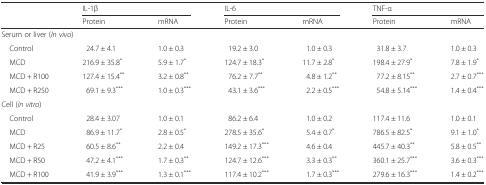
|  | <COLSPAN=2> IL-1β | <COLSPAN=2> IL-6 | <COLSPAN=2> TNF-α |
 |  | Protein | mRNA | Protein | mRNA | Protein | mRNA |
 | --- | --- | --- | --- | --- | --- | --- |
 | <COLSPAN=7> Serum or liver (In vivo) |
 | Control | 24.7 ± 4.1 | 1.0 ± 0.3 | 19.2 ± 3.0 | 1.0 ± 0.3 | 31.8 ± 3.7 | 1.0 ± 0.3 |
 | MCD | 216.9 ± 35.8* | 5.9 ± 1.7* | 124.7 ± 18.3* | 11.7 ± 2.8* | 198.4 ± 27.9* | 7.8 ± 1.9* |
 | MCD + R100 | 127.4 ± 15.4** | 3.2 ± 0.8** | 76.2 ± 7.7** | 4.8 ± 1.2** | 77.2 ± 8.15** | 2.7 ± 0.7*** |
 | MCD + R250 | 69.1 ± 9.3*** | 1.0 ± 0.3*** | 43.1 ± 3.6*** | 2.2 ± 0.5*** | 54.8 ± 5.14*** | 1.4 ± 0.4*** |
 | <COLSPAN=7> Cell (In vitro) |
 | Control | 28.4 ± 3.07 | 1.0 ± 0.1 | 86.2 ± 6.4 | 1.0 ± 0.2 | 117.4 ± 11.6 | 1.0 ± 0.1 |
 | MCD | 86.9 ± 11.7* | 2.8 ± 0.5* | 278.5 ± 35.6* | 5.4 ± 0.7* | 786.5 ± 82.5* | 9.1 ± 1.0* |
 | MCD + R25 | 60.5 ± 8.6** | 2.2 ± 0.4 | 149.2 ± 17.3*** | 4.6 ± 0.4 | 445.7 ± 40.3** | 5.8 ± 0.5** |
 | MCD + R50 | 47.2 ± 4.1*** | 1.7 ± 0.3** | 124.7 ± 12.6*** | 3.3 ± 0.3** | 360.1 ± 25.7*** | 3.6 ± 0.3*** |
 | MCD + R100 | 41.9 ± 3.9*** | 1.3 ± 0.1*** | 117.4 ± 10.2*** | 1.7 ± 0.3*** | 279.6 ± 16.3*** | 1.4 ± 0.2*** |